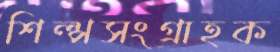
শিল্পসংগ্রাহক